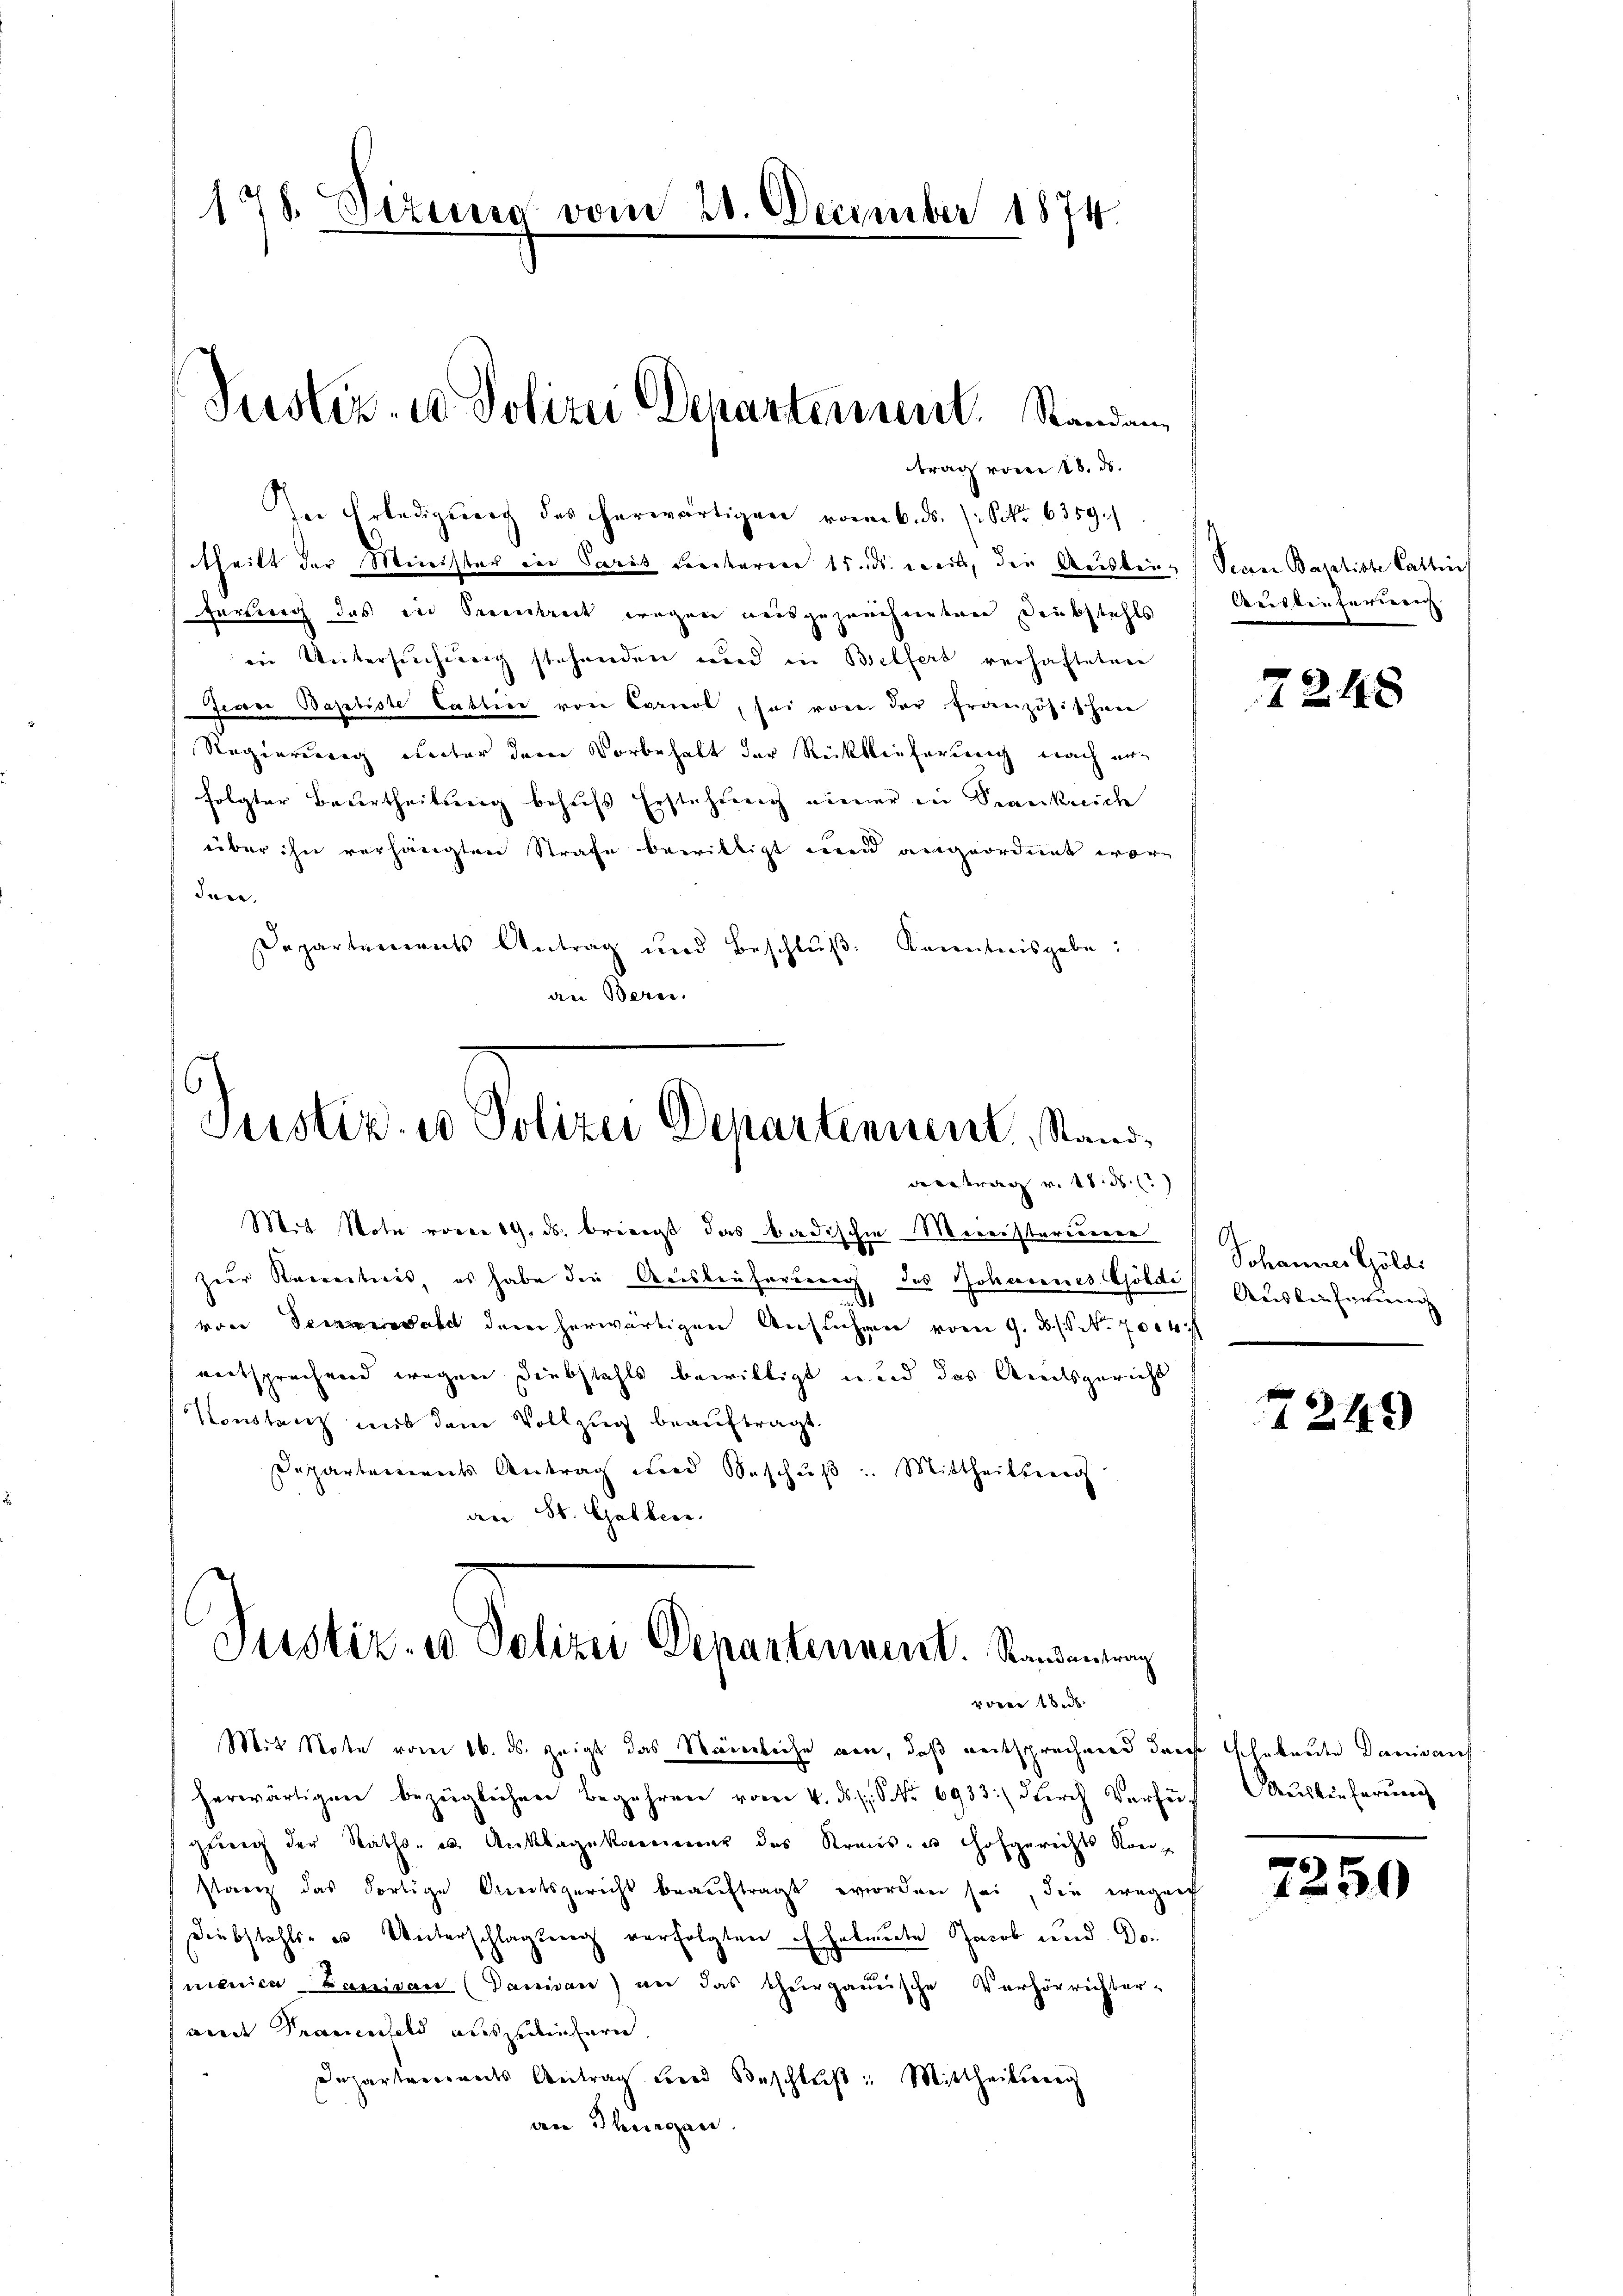
178. Sizung vom 28. December 1874.

theilt der Minister in Paris Freiteren 15. ds. weil, die Ausbie-Sein Baptiste Gattin
Fartung das der Seeenbreit wegen reisgezeichneten Deubstahls
in Untersuchung stehenden und in Belfers verhafteten
Jecere Baptiste Cattier von Cornel, sei vore der Französischen
Regierung unter dem Vorbehalt der Rückblieferung nach erfolgter Beurtheilung behufs Erstehung einer in Krankreich
über ihn verhängten Strafe bewilligt und angeordnet wäre
den,
Departenerats Antrag und Beschlŭβ Kenntnisgabe!
an Bern.
Justiz- u Polizei Departenuent, Standvertrag v. 18. ds.
Mit Note vom 19. ds. bringt das badischen Meiristerieren
zeer Korresteris, es habe die Geistenfordung des Johannes Gölde
von Sebald der herwärtigen Ansuchen vom 9. d. S. 2004
entsprechend wegen Diebstahls bewilligt und das Amtsgericht
Konstanz mit dem Vollzug beauftragt.
Departenvereits Antrag wird Beschuß. Mittheilten
an St. Gallen.

trag vom 18. ds.
In Erledigung des herwärtigen vom 6. ds. (: Sekr. 6359.

Justiz- u Polizei Departement. Standen,

Justiz- u Polizei Departenvent. Randantrag
vorne 100.

Mit Note vom 16. ds. zeigt das Weierleihe von, daß entsprechend der schabende Danidant
herwärtigen bezüglichen Begehren vom 4. ds. S. Nr. 6933.) durch Verfügŭng der Raths- u. Anklagekammer des Kraus- u Hofgerichts Kon-
stanz das dortige Breitsgericht beauftragt worden sei, die wegrech
Diebstahls- u Unterschlagung verfolgten Eheleute Jacob und Domenica Parisau (Danien) an das Thurgauische Verhörrichter-
amt Frauenfeld auszuliefern.
Departenandes Antrag und Beschlŭβ: Mittheilsberg
an Thurgan

Auslieferien

7248

Johannes Göldi
Aristinsamen |

7249

Auslieferung

2250